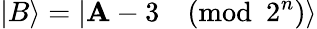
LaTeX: |B\rangle=|\mathbf{A}-3{\pmod{2^{n}}}\rangle